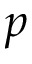
p